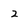
Character: 2